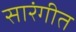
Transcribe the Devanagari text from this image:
सारंगीत